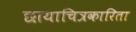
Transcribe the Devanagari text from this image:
छायाचित्रकारिता